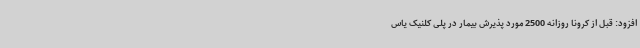
افزود: قبل از کرونا روزانه 2500 مورد پذیرش بیمار در پلی کلنیک یاس